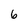
Character: 6